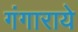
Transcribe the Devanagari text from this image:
गंगाराये